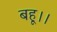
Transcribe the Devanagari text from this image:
बहू।।